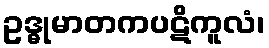
ဥဒ္ဓုမာတကပဋိကူလံ၊